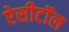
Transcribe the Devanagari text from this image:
ऐसीटॉल